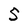
Character: 5